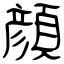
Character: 顔